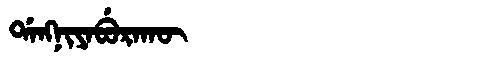
Manchu: ᡩᠠᠩᠨᡳᠶᠠᠪᡠᡵᠠᡴᡡ
Romanization: DANGNIYABURAKŪ